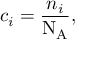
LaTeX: c _ { i } = { \frac { n _ { i } } { \mathrm { N _ { A } } } } ,